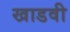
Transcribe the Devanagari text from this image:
खाडवी